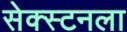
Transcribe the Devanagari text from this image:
सेक्स्टनला